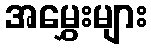
အမွှေးများ